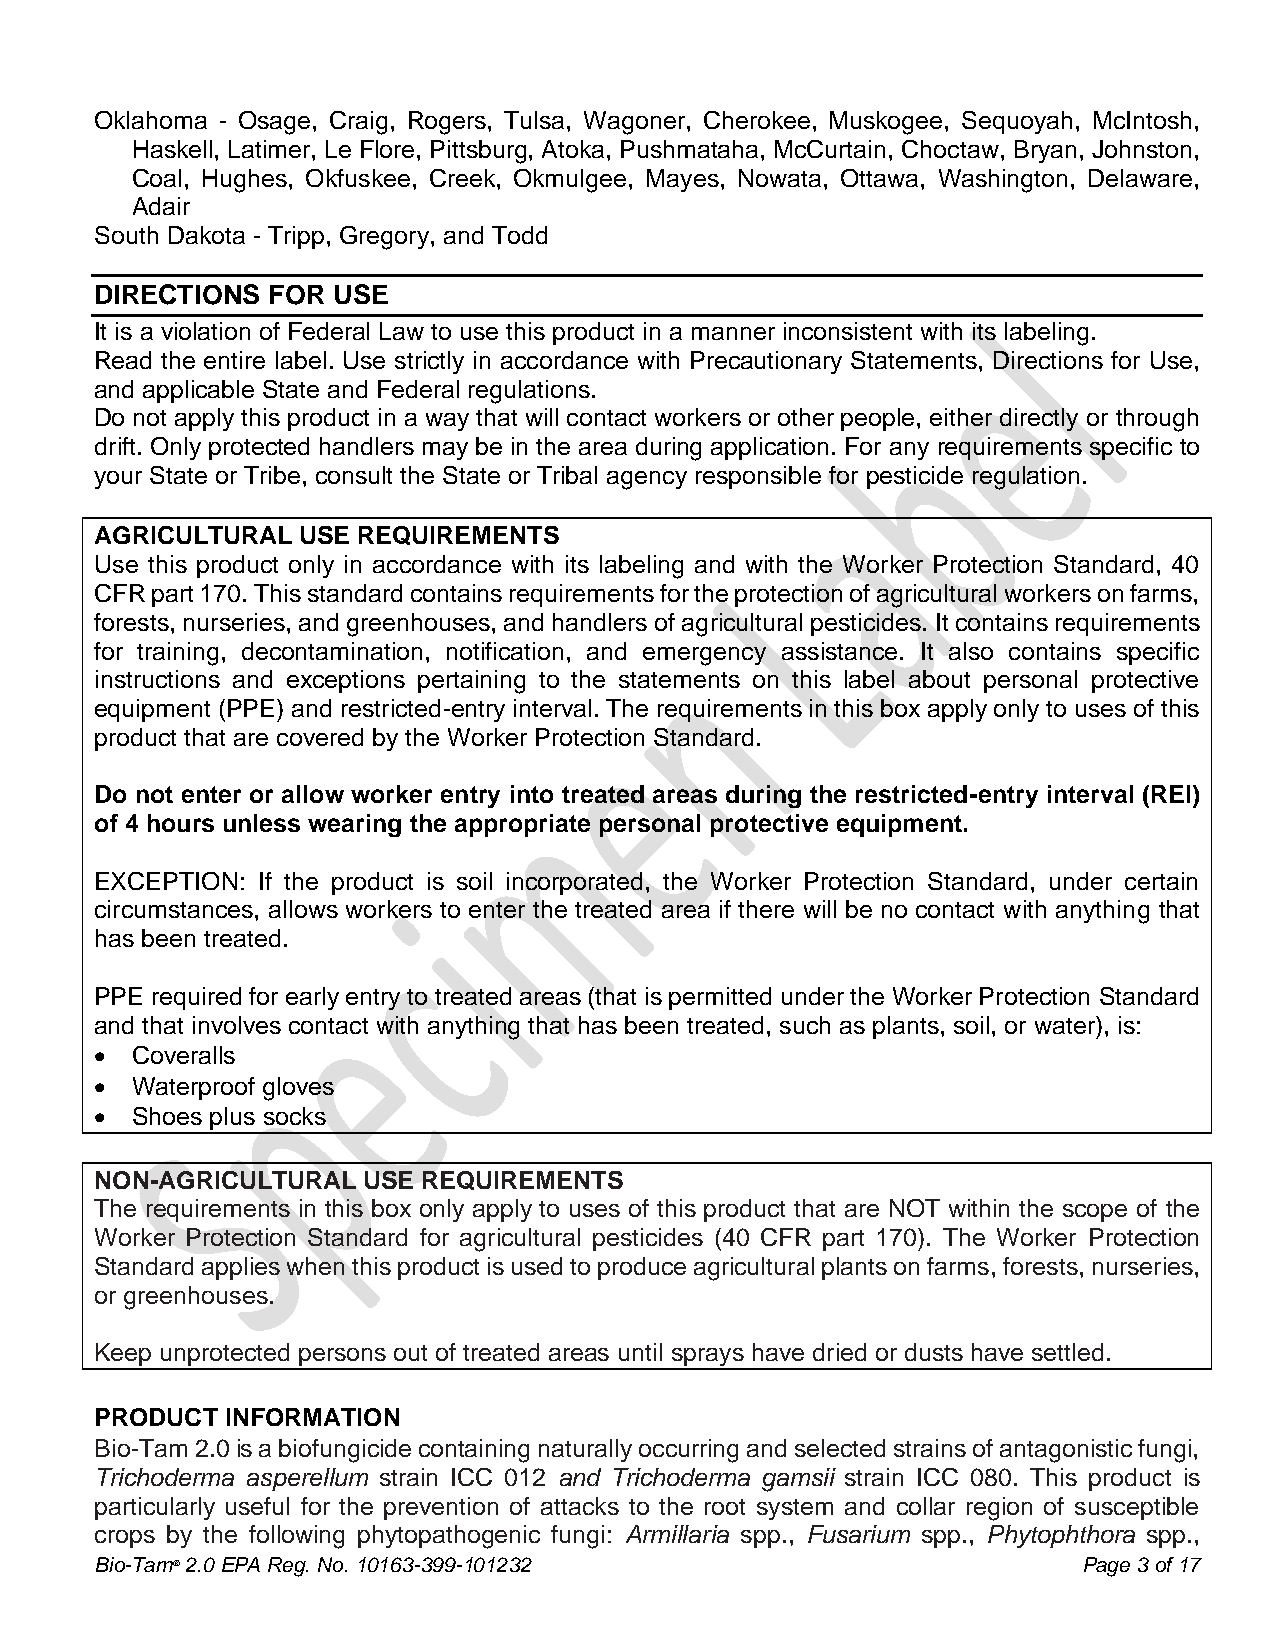
Oklahoma - Osage, Craig, Rogers, Tulsa, Wagoner, Cherokee, Muskogee, Sequoyah, McIntosh,
 Haskell, Latimer, Le Flore, Pittsburg, Atoka, Pushmataha, McCurtain, Choctaw, Bryan, Johnston,
 Coal, Hughes, Okfuskee, Creek, Okmulgee, Mayes, Nowata, Ottawa, Washington, Delaware,
 Adair
 South Dakota - Tripp, Gregory, and Todd
 DIRECTIONS  FOR USE
 It is a violation of Federal Law to use this product in a manner inconsistent with its labeling.
 Read the entire label. Use strictly in accordance with Precautionary Statements, Directions for Use,
 and applicable State and Federal regulations.
 Do not apply this product in a way that will contact workers or other people, either directly or through
 drift. Only protected handlers may be in the area during application. For any requirements specific to
 your State or Tribe, consult the State or Tribal agency responsible for pesticide regulation.
 AGRICULTURAL  USE REQUIREMENTS
 Use this product only in accordance with its labeling and with the Worker Protection Standard, 40
 CFR part 170. This standard contains requirements for the protection of agricultural workers on farms,
 forests, nurseries, and greenhouses, and handlers of agricultural pesticides. It contains requirements
 for training, decontamination, notification, and emergency assistance. It also contains specific
 instructions and exceptions pertaining to the statements on this label about personal protective
 equipment (PPE) and restricted-entry interval. The requirements in this box apply only to uses of this
 product that are covered by the Worker Protection Standard.
 Do not enter or allow worker entry into treated areas during the restricted-entry interval (REI)
 of 4 hours unless wearing the appropriate personal protective equipment.
 EXCEPTION: If the product is soil incorporated, the Worker Protection Standard, under certain
 circumstances, allows workers to enter the treated area if there will be no contact with anything that
 has been treated.
 PPE required for early entry to treated areas (that is permitted under the Worker Protection Standard
 and that involves contact with anything that has been treated, such as plants, soil, or water), is:
 •  Coveralls
 •  Waterproof gloves
 •  Shoes plus socks
 NON-AGRICULTURAL  USE REQUIREMENTS
 The requirements in this box only apply to uses of this product that are NOT within the scope of the
 Worker Protection Standard for agricultural pesticides (40 CFR part 170). The Worker Protection
 Standard applies when this product is used to produce agricultural plants on farms, forests, nurseries,
 or greenhouses.
 Keep unprotected persons out of treated areas until sprays have dried or dusts have settled.
 PRODUCT  INFORMATION
 Bio-Tam 2.0 is a biofungicide containing naturally occurring and selected strains of antagonistic fungi,
 Trichoderma asperellum strain ICC 012 and Trichoderma gamsii strain ICC 080. This product is
 particularly useful for the prevention of attacks to the root system and collar region of susceptible
 crops by the following phytopathogenic fungi: Armillaria spp., Fusarium spp., Phytophthora spp.,
 Bio-Tam® 2.0 EPA Reg. No. 10163-399-101232                        Page 3 of 17